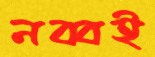
নব্বই